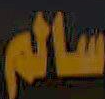
سالم